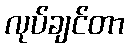
လုပ်ချင်တာ